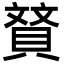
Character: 䝺